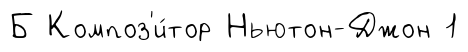
Б Композ'и́тор Ньютон-Джон 1